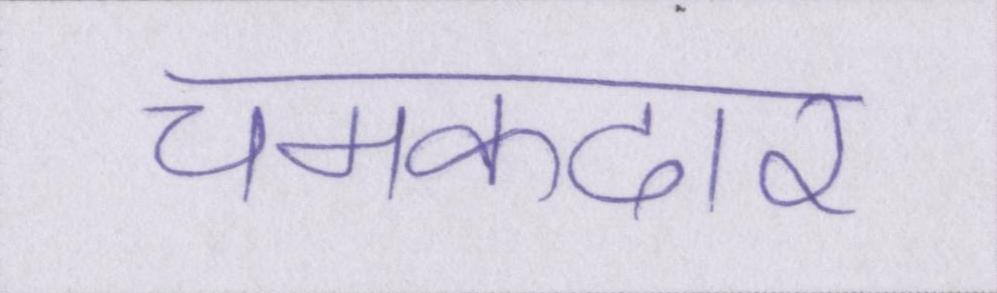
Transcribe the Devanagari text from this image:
चमकदार